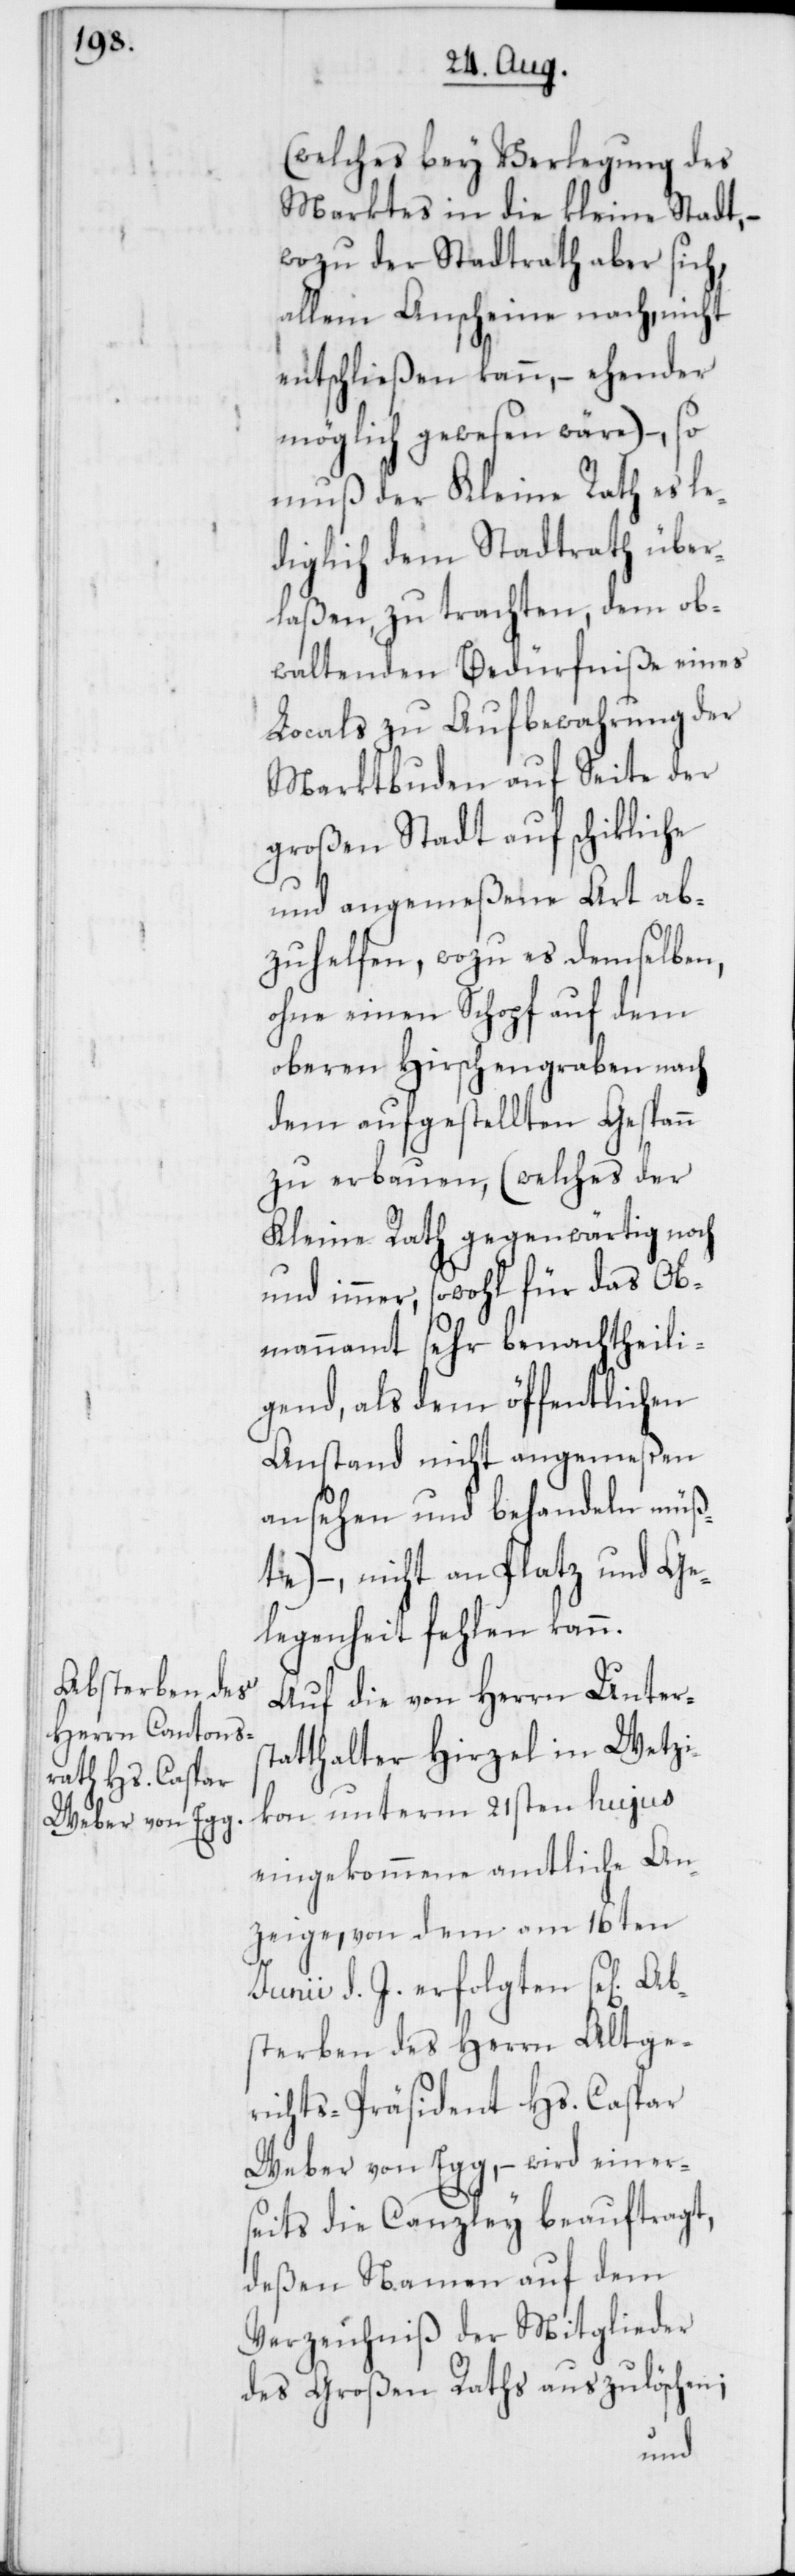
(welches bey Verlegung des
Marktes in die kleine Stadt, –
wozu der Stadtrath aber sich,
allem Anscheine nach, nicht
entschließen kann, – ehender
möglich gewesen wäre) –, so
muß der Kleine Rath es le¬
diglich dem Stadtrath über¬
laßen, zu trachten, dem ob¬
waltenden Bedürfniße eines
Locals zu Aufbewahrung der
Marktbuden auf Seite der
großen Stadt auf schikliche
und angemeßene Art ab¬
zuhelfen, wozu es demselben,
ohne einen Schopf auf dem
oberen Hirschengraben nach
dem aufgestellten Gespann
zu erbauen, (welches der
Kleine Rath gegenwärtig noch
und immer, sowohl für das Ob¬
mannamt sehr benachtheili¬
gend, als dem öffentlichen
Anstand nicht angemeßen
ansehen und behandeln müß¬
te) –,nicht an Platz und Ge¬
legenheit fehlen kann.
Auf die von Herrn Unterst¬
atthalter Hirzel in Wetzi¬
kon unterm 21sten hujus
eingekommene amtliche An¬
zeige, von dem am 16ten
Junii d. J. erfolgten se[lig] A¬
bsterben des Herrn Altge¬
richts-Präsident Hs. Caspar
Weber von Egg, – wird einer¬
seits die Canzley beauftragt,
deßen Namen auf dem
Verzeichniß der Mitglieder
des Großen Raths auszulöschen;